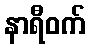
နာရီဝက်